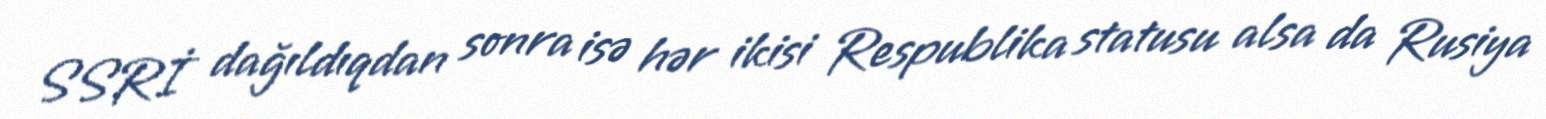
SSRİ dağıldıqdan sonra isə hər ikisi Respublika statusu alsa da Rusiya